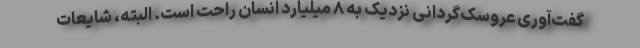
گفت‌آوری عروسک‌گردانی نزدیک به ۸ میلیارد انسان راحت است. البته، شایعات